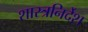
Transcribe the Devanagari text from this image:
शास्त्रनिर्देश